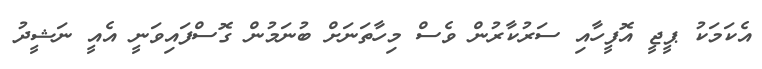
އެކަމަކު ޕީޖީ އޮފީހާއި ސަރުކާރުން ވެސް މިހާތަނަށް ބުނަމުން ގޮސްފައިވަނީ އެއީ ނަޝީދު